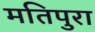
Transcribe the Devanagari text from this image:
मतिपुरा